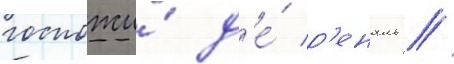
госпожи́ д'е́ р'еналь /